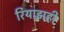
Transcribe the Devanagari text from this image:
रियाझही